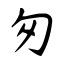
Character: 匆